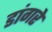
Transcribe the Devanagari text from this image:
डांगरे